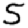
Digit: 5